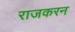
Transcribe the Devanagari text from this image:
राजकरन